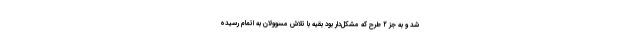
شد و به جز ۲ طرح که مشکل‌دار بود بقیه با تلاش مسوولان به اتمام رسیده